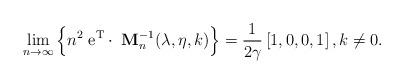
LaTeX: \begin{align*} \lim_{n\to\infty} \Big\{n^2 \; {\rm e}^{\mathrm{T}}\cdot\; {\bf M}^{-1}_n(\lambda,\eta, k)\Big\} = \frac 1{2\gamma} \left[1,0,0,1\right],k\neq 0.\end{align*}